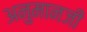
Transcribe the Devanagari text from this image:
अनुमानजी